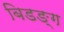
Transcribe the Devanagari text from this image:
बिडङ्ग